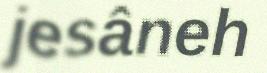
jesâneh